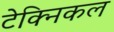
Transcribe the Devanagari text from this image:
टेक्‍िनकल